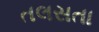
તલસતા